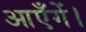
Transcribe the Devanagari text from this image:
आएँगें।